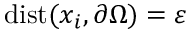
\mathrm { d i s t } ( x _ { i } , \partial \Omega ) = \varepsilon